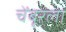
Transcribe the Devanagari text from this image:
चेंबूरला